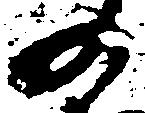
の